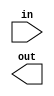
/* se11_16.v - 11 to 16-bit sign extender */
module se11_16(
	      // Inputs
	      in,
	      // Outputs
	      out
	      );
   // Inputs
   input [10:0] in;

   // Outputs
   output [15:0] out;
endmodule // se8_16